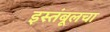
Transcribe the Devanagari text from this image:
इस्तंबूलचा